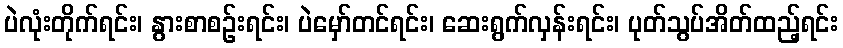
ပဲလုံးတိုက်ရင်း၊ နွားစာစဉ်းရင်း၊ ပဲမှော်တင်ရင်း၊ ဆေးရွက်လှန်းရင်း၊ ပုတ်သွပ်အိတ်ထည့်ရင်း